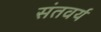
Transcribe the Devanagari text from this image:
संतवर्य